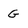
Character: G